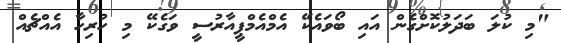
"މި ކުލަ ބަދަލުކޮށްގެން އައި ބޯވައެކޭ އެމްއެމްޕީއާރުސީ ވަގެކޭ މި ހުރިހާ އެއްޗެއް